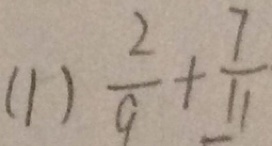
( 1 ) \frac { 2 } { 9 } + \frac { 7 } { 1 1 }